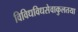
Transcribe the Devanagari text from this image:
विविधविधसेवाकुलतया